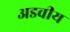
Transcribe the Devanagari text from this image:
अडवीय